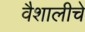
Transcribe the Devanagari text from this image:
वैशालीचे